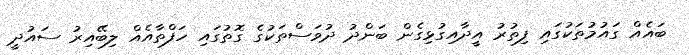
ބައެއް ގައުމުތަކުގައި ފިތުރު އީދާއިގުޅިގެން ބަންދު ދުވަސްތަކުގެ ގޮތުގައި ހަފްތާއެއް ލިބޭއިރު ސައުދީ